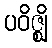
ပဝိဇ္ဈိ